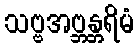
သဗ္ဗအဗ္ဘန္တရိမံ